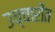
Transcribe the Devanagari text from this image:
उच्चारीत